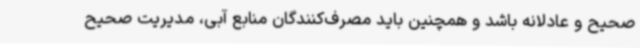
صحیح و عادلانه باشد و همچنین باید مصرف‌کنندگان منابع آبی، مدیریت صحیح